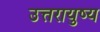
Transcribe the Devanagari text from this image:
उत्तरायुष्य